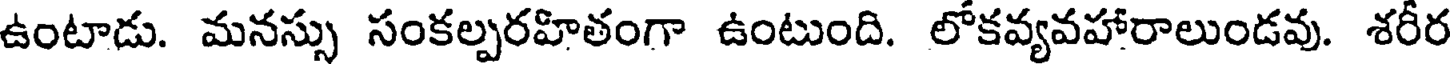
ఉంటాడు. మనస్సు సంకల్పరహితంగా ఉంటుంది. లోకవ్యవహారాలుండవు. శరీర